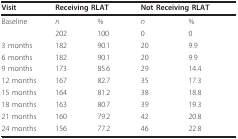
<table><thead><tr><td><b>Visit</b></td><td colspan="2"><b>Receiving RLAT</b></td><td colspan="2"><b>Not Receiving RLAT</b></td></tr></thead><tbody><tr><td>Baseline</td><td><i>n </i></td><td>%</td><td><i>n</i></td><td>%</td></tr><tr><td></td><td>202</td><td>100</td><td>0</td><td>0</td></tr><tr><td>3 months</td><td>182</td><td>90.1</td><td>20</td><td>9.9</td></tr><tr><td>6 months</td><td>182</td><td>90.1</td><td>20</td><td>9.9</td></tr><tr><td>9 months</td><td>173</td><td>85.6</td><td>29</td><td>14.4</td></tr><tr><td>12 months</td><td>167</td><td>82.7</td><td>35</td><td>17.3</td></tr><tr><td>15 months</td><td>164</td><td>81.2</td><td>38</td><td>18.8</td></tr><tr><td>18 months</td><td>163</td><td>80.7</td><td>39</td><td>19.3</td></tr><tr><td>21 months</td><td>160</td><td>79.2</td><td>42</td><td>20.8</td></tr><tr><td>24 months</td><td>156</td><td>77.2</td><td>46</td><td>22.8</td></tr></tbody></table>